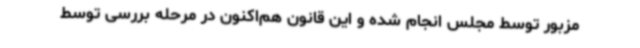
مزبور توسط مجلس انجام شده و این قانون هم‌اکنون در مرحله بررسی توسط